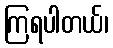
ကြရပါတယ်၊